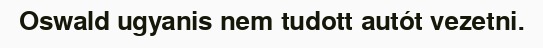
Oswald ugyanis nem tudott autót vezetni.